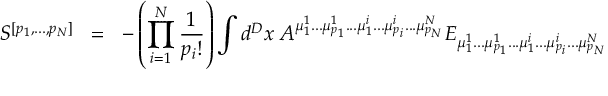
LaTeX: { \cal { S } } ^ { [ p _ { 1 } , . . . , p _ { N } ] } \; \; = \; \; - \left( \prod _ { i = 1 } ^ { N } \frac { 1 } { p _ { i } ! } \right) \int d ^ { D } x \; A ^ { { \mu } _ { 1 } ^ { 1 } . . . { \mu } _ { p _ { 1 } } ^ { 1 } . . . { \mu } _ { 1 } ^ { i } . . . { \mu } _ { p _ { i } } ^ { i } . . . { \mu } _ { p _ { N } } ^ { N } } E _ { { \mu } _ { 1 } ^ { 1 } . . . { \mu } _ { p _ { 1 } } ^ { 1 } . . . { \mu } _ { 1 } ^ { i } . . . { \mu } _ { p _ { i } } ^ { i } . . . { \mu } _ { p _ { N } } ^ { N } }